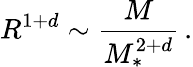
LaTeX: R^{1+d}\sim\frac{M}{M_{*}^{2+d}}\, .